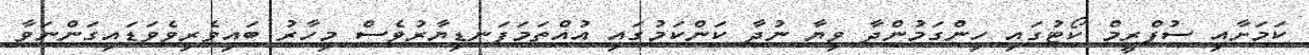
ކަމަށާއި ސުޕްރީމް ކޯޓުގައި ހިންގަމުންދާ ވިޔާ ނުދާ ކަންކަމުގައި އުއްތަމަފަނޑިޔާރުވެސް މިހާރު ބައިވެރިވެވަޑައިގަންނަވާ